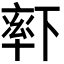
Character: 𬍏